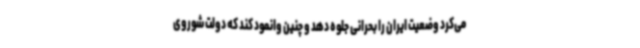
می‌کرد وضعیت ایران را بحرانی جلوه دهد و چنین وانمود کند که دولت شوروی